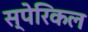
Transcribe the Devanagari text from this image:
स्पेरिकल